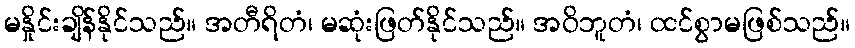
မနှိုင်းချိန်နိုင်သည်။ အတီရိတံ၊ မဆုံးဖြတ်နိုင်သည်။ အဝိဘူတံ၊ ထင်စွာမဖြစ်သည်။